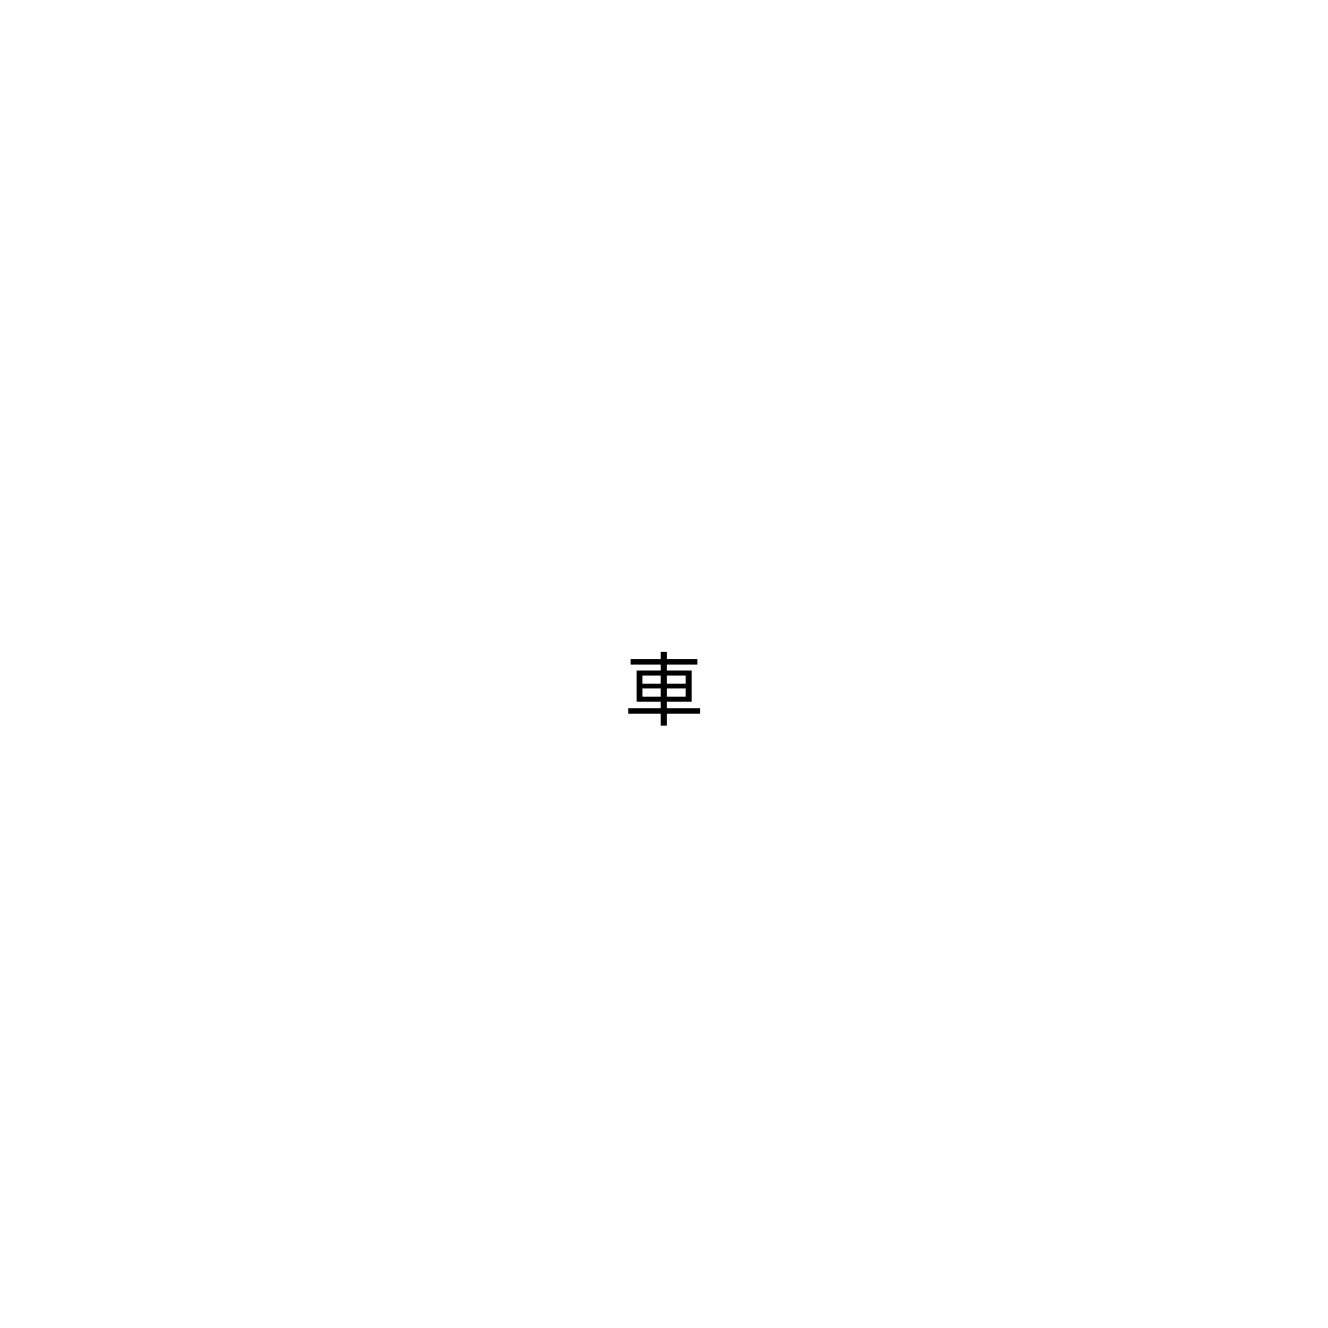
車